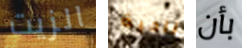
الزيت ناحية بأن